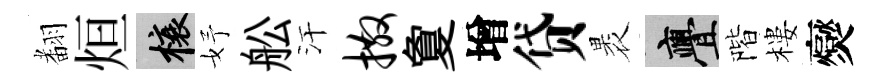
𮋒烜榱妤舩汗撒夐增贷褁亹階樓爕